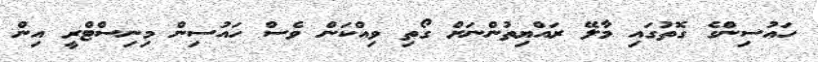
ހައުސިންގެ ގޮތުގައި މާލޭ ރައްޔިތުންނަށް ގޯތި ވިއްކަން ވެސް ހައުސިން މިނިސްޓްރީ އިން